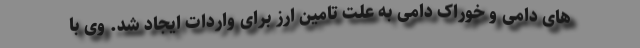
های دامی و خوراک دامی به علت تامین ارز برای واردات ایجاد شد. وی با